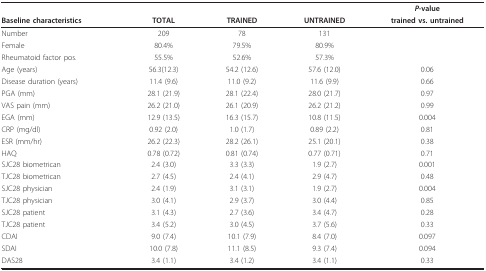
<table><thead><tr><td></td><td></td><td></td><td></td><td><b><i>P</i>-value</b></td></tr><tr><td><b>Baseline characteristics</b></td><td><b>TOTAL</b></td><td><b>TRAINED</b></td><td><b>UNTRAINED</b></td><td><b>trained vs. untrained</b></td></tr></thead><tbody><tr><td>Number</td><td>209</td><td>78</td><td>131</td><td></td></tr><tr><td>Female</td><td>80.4%</td><td>79.5%</td><td>80.9%</td><td></td></tr><tr><td>Rheumatoid factor pos.</td><td>55.5%</td><td>52.6%</td><td>57.3%</td><td></td></tr><tr><td>Age (years)</td><td>56.3(12.3)</td><td>54.2 (12.6)</td><td>57.6 (12.0)</td><td>0.06</td></tr><tr><td>Disease duration (years)</td><td>11.4 (9.6)</td><td>11.0 (9.2)</td><td>11.6 (9.9)</td><td>0.66</td></tr><tr><td>PGA (mm)</td><td>28.1 (21.9)</td><td>28.1 (22.4)</td><td>28.0 (21.7)</td><td>0.97</td></tr><tr><td>VAS pain (mm)</td><td>26.2 (21.0)</td><td>26.1 (20.9)</td><td>26.2 (21.2)</td><td>0.99</td></tr><tr><td>EGA (mm)</td><td>12.9 (13.5)</td><td>16.3 (15.7)</td><td>10.8 (11.5)</td><td>0.004</td></tr><tr><td>CRP (mg/dl)</td><td>0.92 (2.0)</td><td>1.0 (1.7)</td><td>0.89 (2.2)</td><td>0.81</td></tr><tr><td>ESR (mm/hr)</td><td>26.2 (22.3)</td><td>28.2 (26.1)</td><td>25.1 (20.1)</td><td>0.38</td></tr><tr><td>HAQ</td><td>0.78 (0.72)</td><td>0.81 (0.74)</td><td>0.77 (0.71)</td><td>0.71</td></tr><tr><td>SJC28 biometrican</td><td>2.4 (3.0)</td><td>3.3 (3.3)</td><td>1.9 (2.7)</td><td>0.001</td></tr><tr><td>TJC28 biometrican</td><td>2.7 (4.5)</td><td>2.4 (4.1)</td><td>2.9 (4.7)</td><td>0.48</td></tr><tr><td>SJC28 physician</td><td>2.4 (1.9)</td><td>3.1 (3.1)</td><td>1.9 (2.7)</td><td>0.004</td></tr><tr><td>TJC28 physician</td><td>3.0 (4.1)</td><td>2.9 (3.7)</td><td>3.0 (4.4)</td><td>0.85</td></tr><tr><td>SJC28 patient</td><td>3.1 (4.3)</td><td>2.7 (3.6)</td><td>3.4 (4.7)</td><td>0.28</td></tr><tr><td>TJC28 patient</td><td>3.4 (5.2)</td><td>3.0 (4.5)</td><td>3.7 (5.6)</td><td>0.33</td></tr><tr><td>CDAI</td><td>9.0 (7.4)</td><td>10.1 (7.9)</td><td>8.4 (7.0)</td><td>0.097</td></tr><tr><td>SDAI</td><td>10.0 (7.8)</td><td>11.1 (8.5)</td><td>9.3 (7.4)</td><td>0.094</td></tr><tr><td>DAS28</td><td>3.4 (1.1)</td><td>3.4 (1.2)</td><td>3.4 (1.1)</td><td>0.33</td></tr></tbody></table>